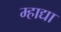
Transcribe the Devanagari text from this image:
म्हाद्या